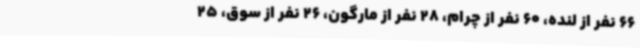
66 نفر از لنده، 60 نفر از چرام، 28 نفر از مارگون، 26 نفر از سوق، 25